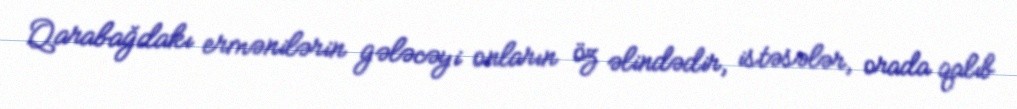
Qarabağdakı ermənilərin gələcəyi onların öz əlindədir, istəsələr, orada qalıb